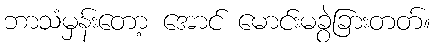
ဘာသံမှန်းတော့ အောင် မောင်းမခွဲခြားတတ်။